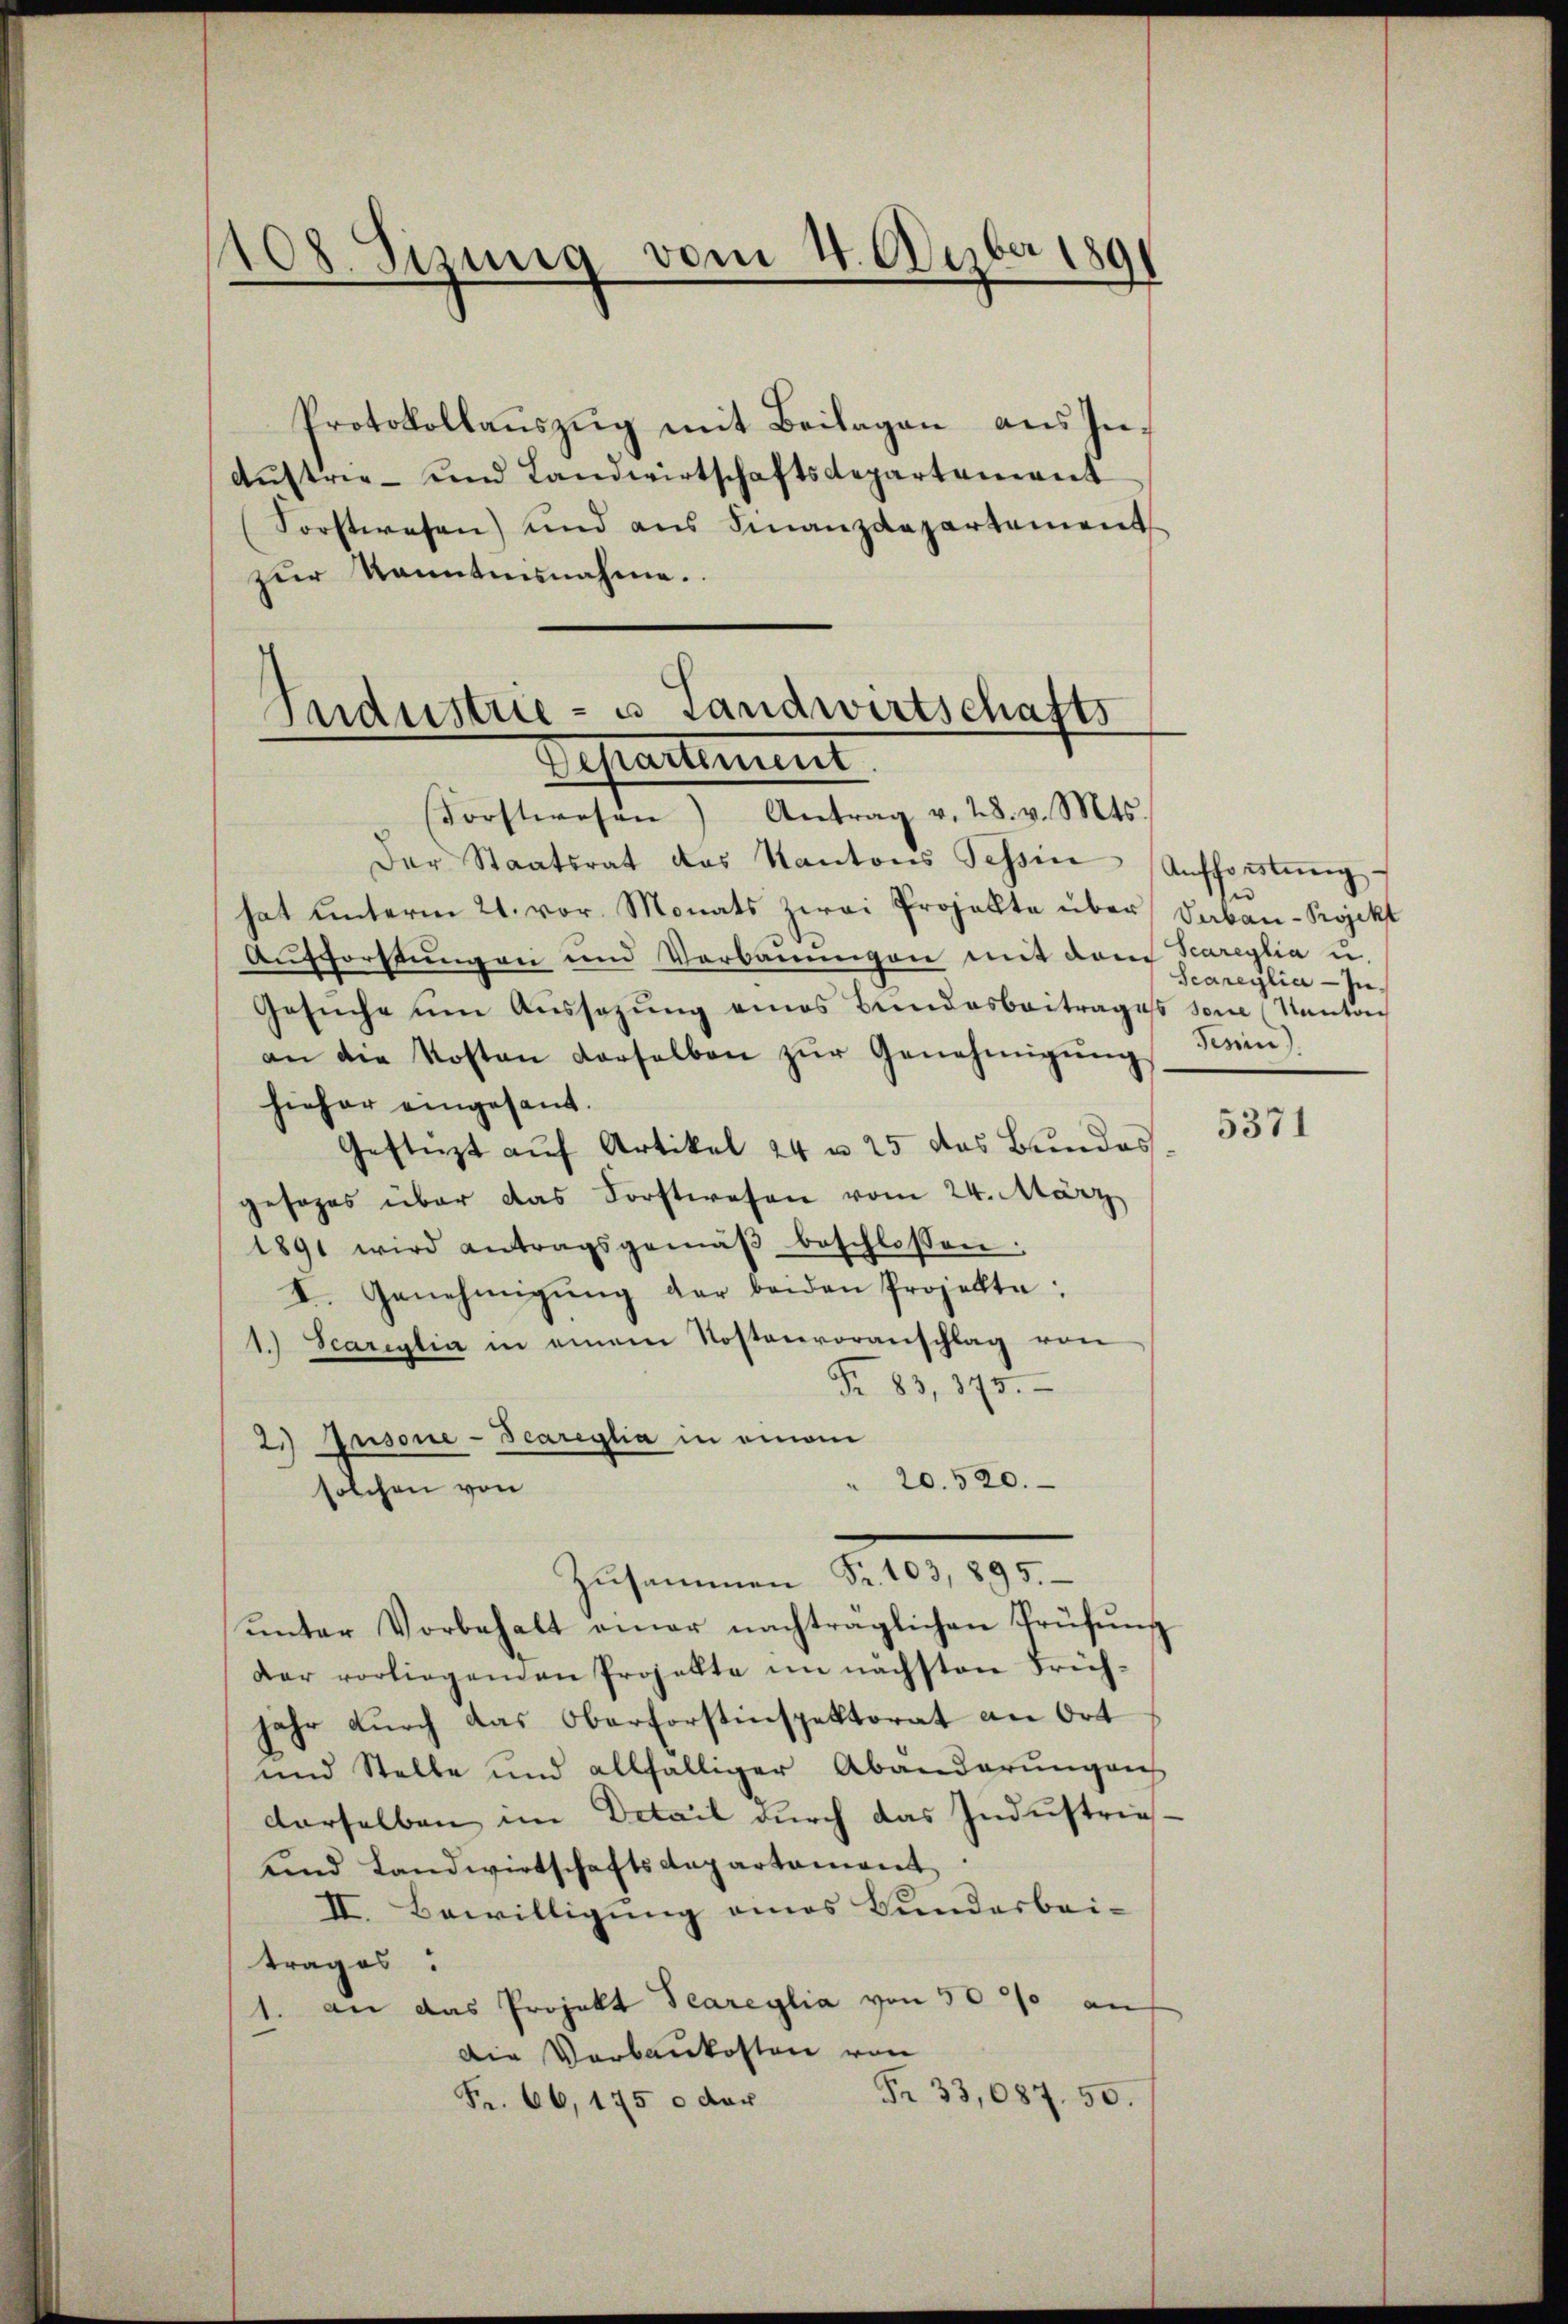
1108. Sizung vom 4. Ueber 189

Protokollaŭszŭg mit Beilagen aus In¬
Aŭstrie- und Landwirtschaftsdepartement
Sorstwesen) und aus Finanzdepartement
zŭr Kenntnisnahme.
Industrie - u Landwirtschafts

Departement
Forstwesen) Antrag v. 28. v. Mts.

Der Staatsrat das Kantons Tessin Aufforstŭng
hat unterm 21. vor. Monats zwei Projekte über Verbau-Projekt
Aŭfforstŭng an und Verbaŭŭngen mit dem Scareylia u.
Gesŭche ŭm Aŭssazung eines Bundesbeitrages son (Kanton
an die Kosten derselben zŭr Genehmigŭng
hieher eingesandt.
Gestürzt auf Artikel 24 u. 25 das Bundesgesages über das Forstwesen vom 24. März
1891 wird antragsgemäβ beschlossen:
I. Genehmigŭng der beiden Projekte,
1.) Scariglia in einem Kostenvoranschlag von
Fr. 83, 175.
2.) Ausone-Teareglia in einem
20. 520.
solchen von
Zusammen d. 10, 190.
unter Vorbehalt einer nachträglichen Prüfŭng
der vorliegenen Projekte im nächsten Früh-
jahr durch das Oberforstinspektorat an Ort
und Stelle und allfälliger Abänderŭngen
derselben im Detail durch das Industrie¬
und Landwirtschaftsdepartament
II. Bewilligung eines Bunderbei-
trages:
1. an das Projekt Peareylia von 5000 an
Die Verbaukosten von
Fr. 33,087. 50.
Fr. 66, 1750 der

Scareylia - In¬
Tessin

5371